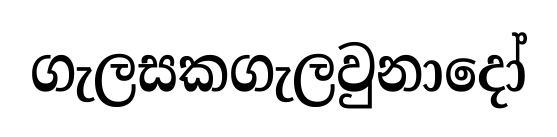
ගැලසකගැලවුනාදෝ